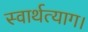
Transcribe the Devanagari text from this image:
स्वार्थत्याग।